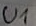
Text: U1